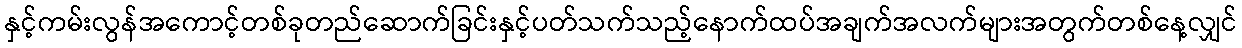
နှင့်ကမ်းလွန်အကောင့်တစ်ခုတည်ဆောက်ခြင်းနှင့်ပတ်သက်သည့်နောက်ထပ်အချက်အလက်များအတွက်တစ်နေ့လျှင်